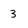
Character: 3